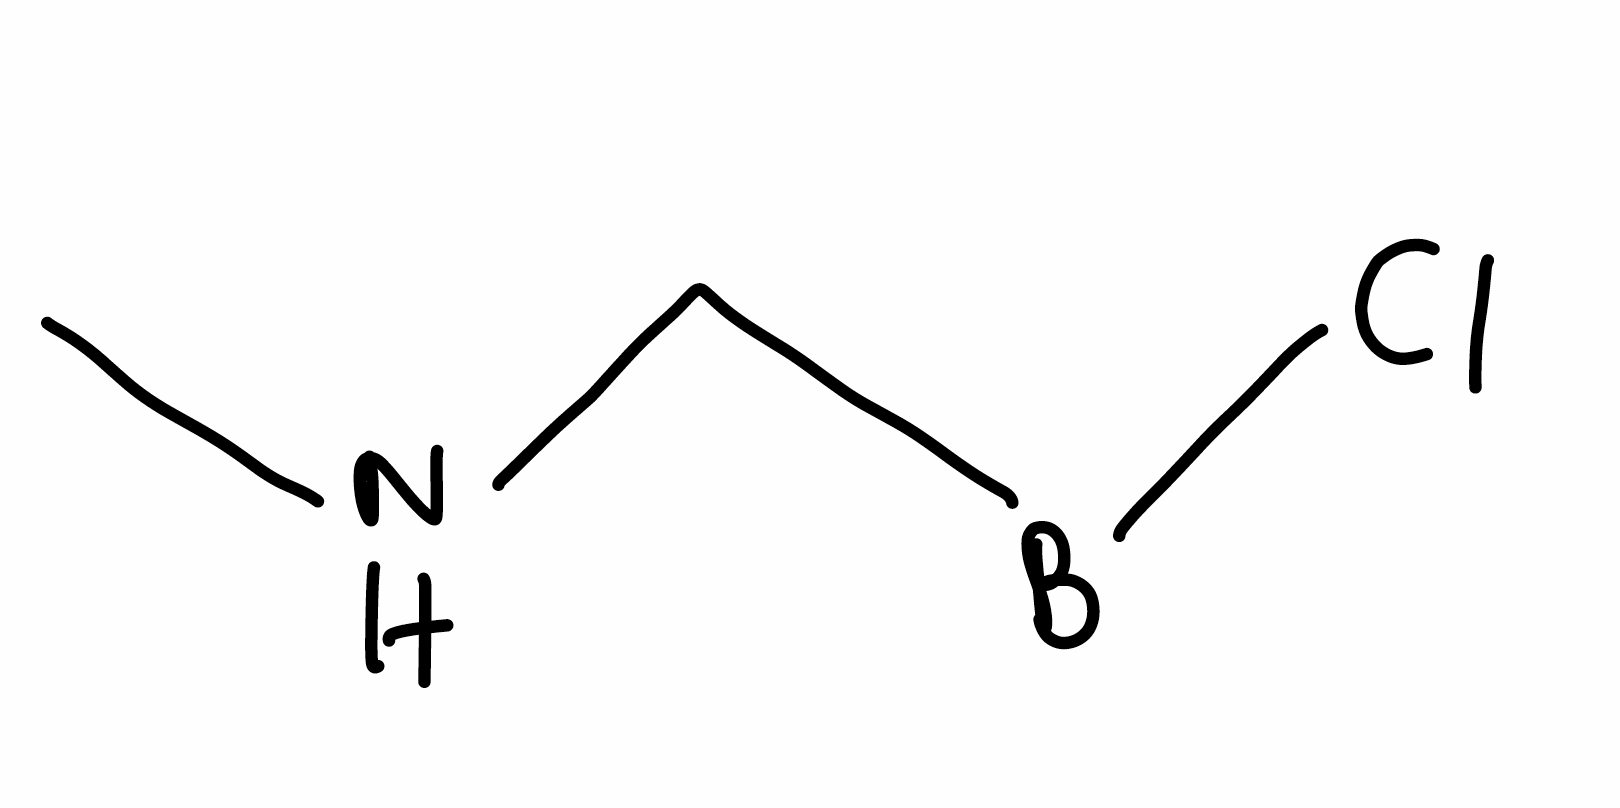
Simplified molecular-input line-entry system (SMILES) notation of the given molecule:
[B](CNC)Cl